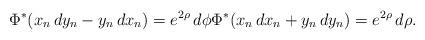
LaTeX: \begin{align*}\Phi^{*}(x_{n}\,dy_{n}-y_{n}\,dx_{n})=e^{2\rho}\,d\phi \Phi^{*}(x_{n}\,dx_{n}+y_{n}\,dy_{n})=e^{2\rho}\,d\rho.\end{align*}